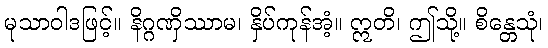
မုသာဝါဒဖြင့်။ နိဂ္ဂဏှိဿာမ၊ နှိပ်ကုန်အံ့။ ဣတိ၊ ဤသို့။ စိန္တေသုံ၊